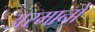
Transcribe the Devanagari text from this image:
अरमानो